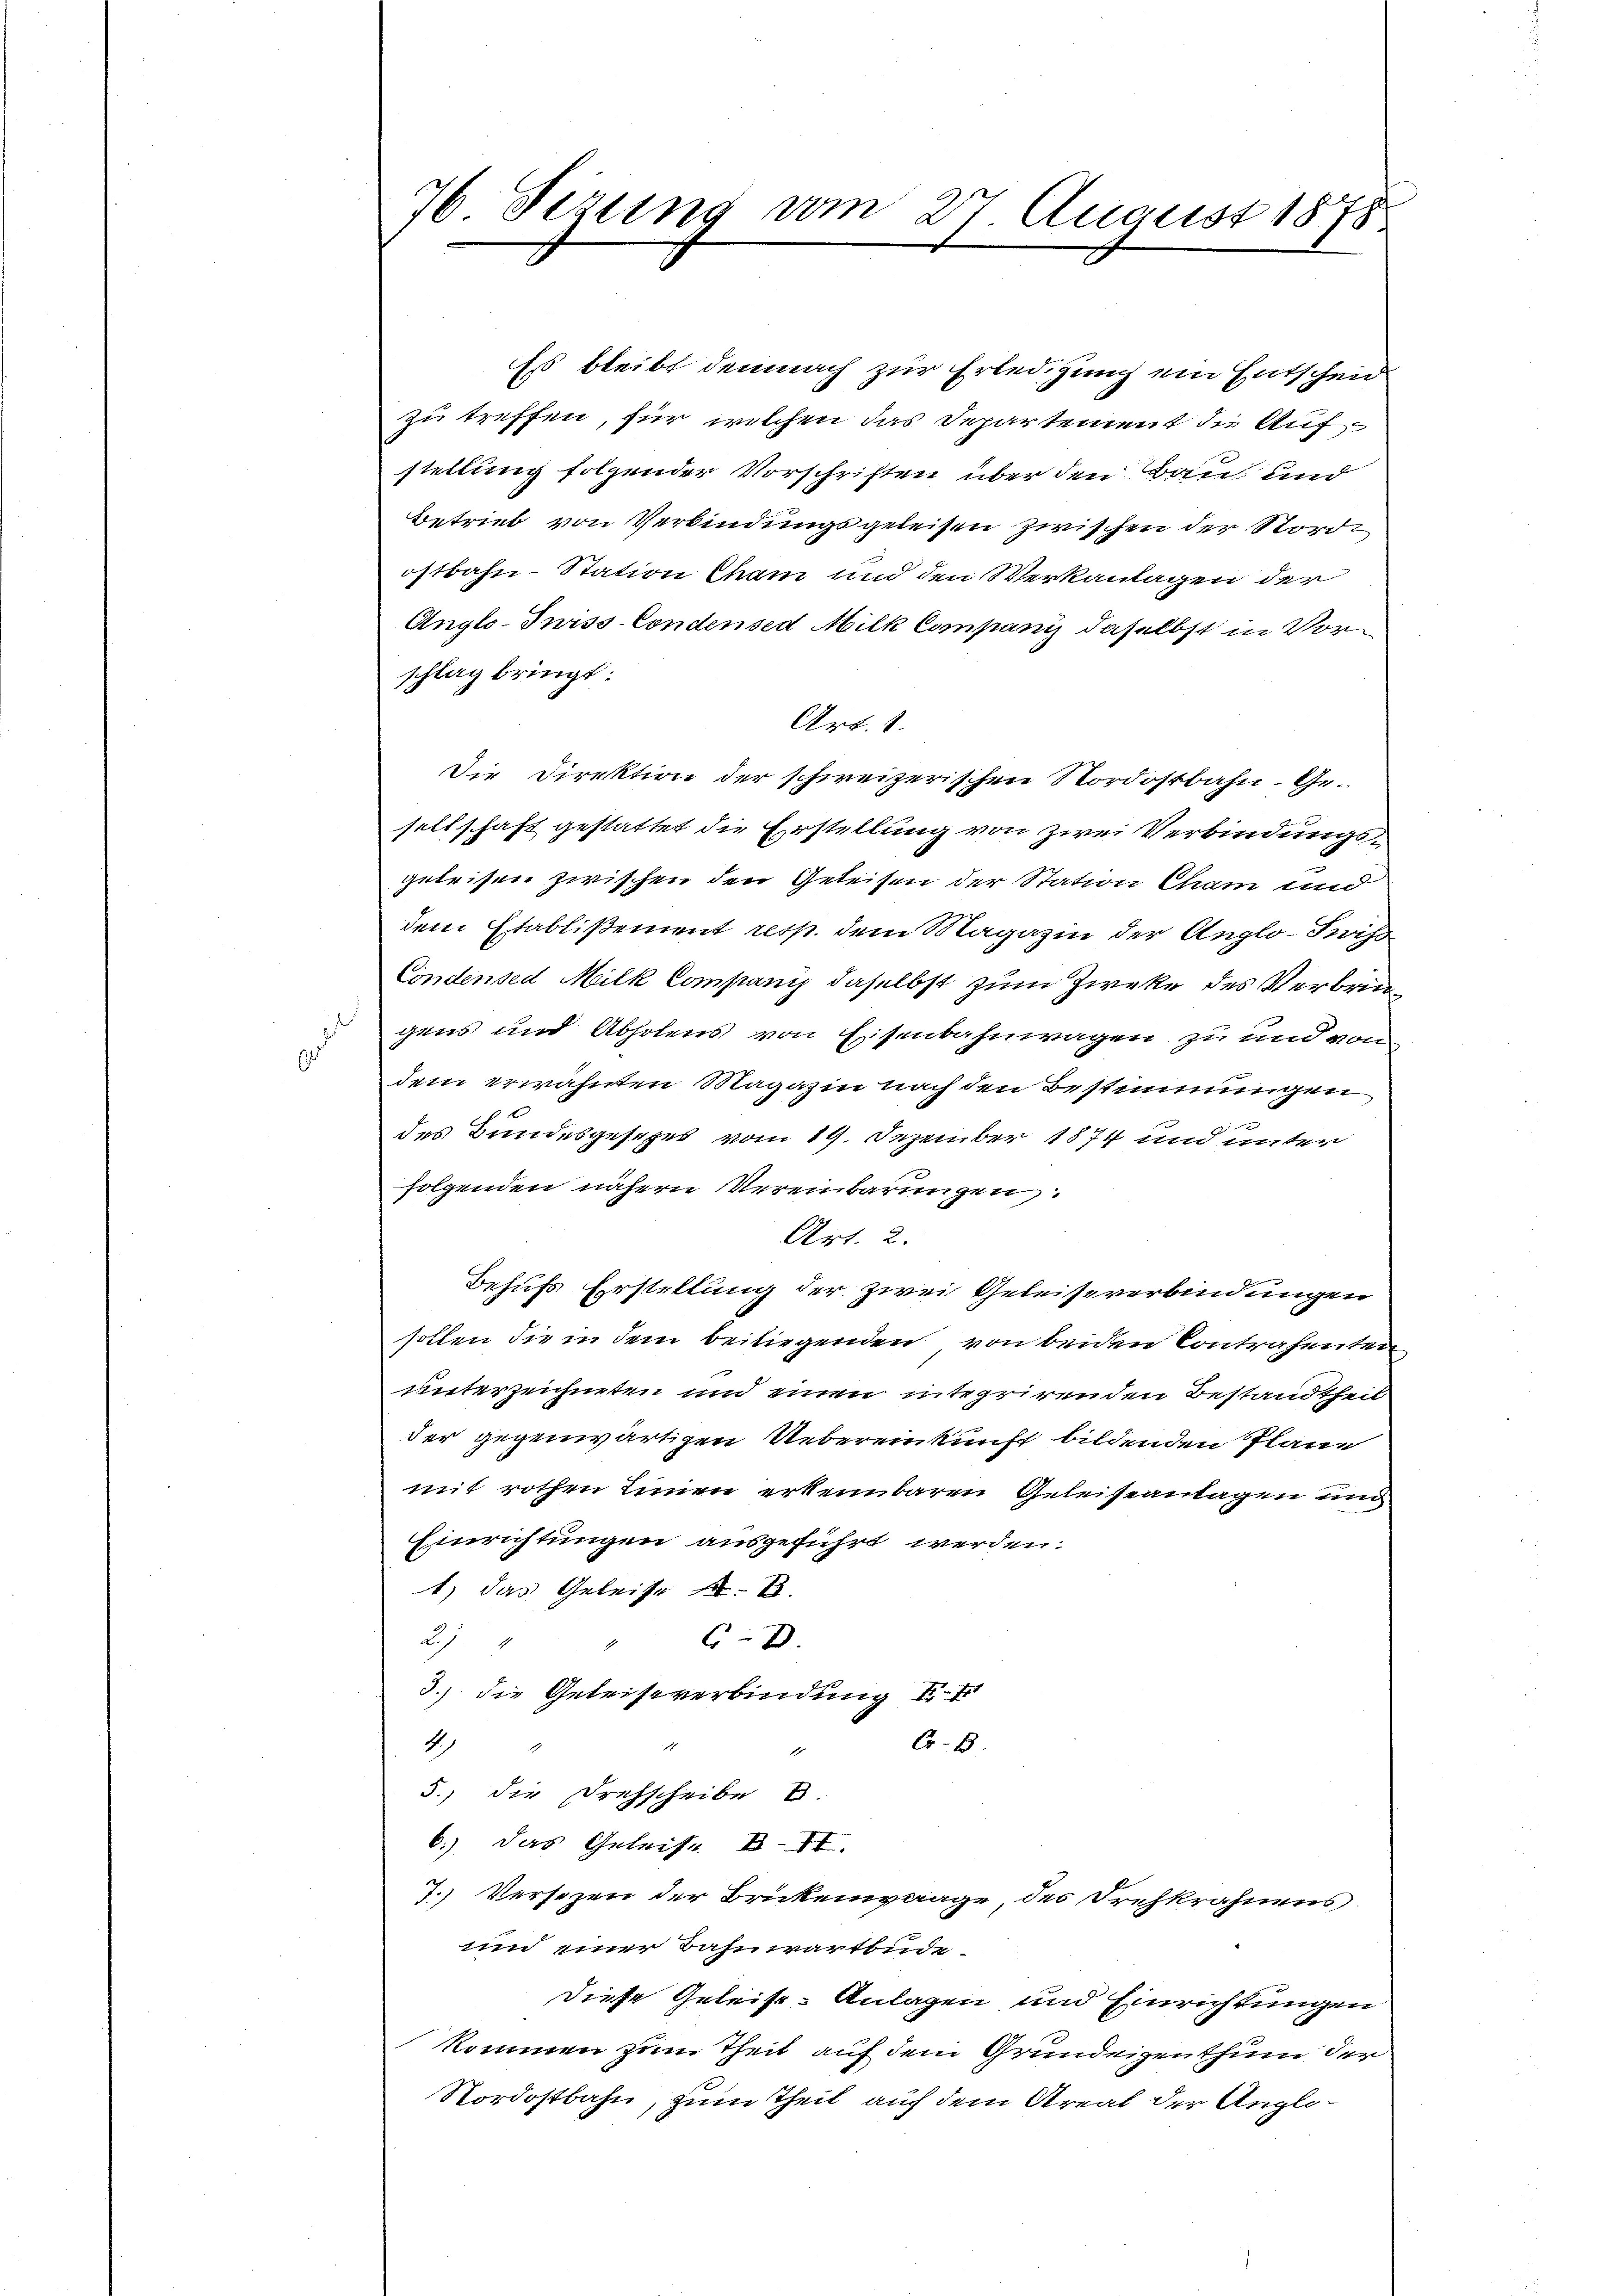
i
u

76 Sezung am 27 August 1878

Es bleibt demnach zur Erledigung ein Entscheid
zu treffen, für welchen das Departement die Aufstellung folgender Vorschriften über den Bau und
Betrieb von Verbindungsgeleisen zwischen der Nordostbahn-Station Cham und den Verkanlagen der
Anglo-Juiss- Condensed Milk Companis daselbst in Vor
schlag bringt:
Art. 1.
Die Direktion der schweizerischen Nordostbahn. Gesellschaft gestattet die Erstellung von zwei Verbindungsgeleisen zwischen den Geleisen der Station Cham und
dem Etablißement resp. dem Magazin der Anglo-Seviso
Condensed Milk Companis daselbst zum Zweke des Verbringens und Abholens von Eisenbahnwagen zu und von
dem erwähnten Magazin nach den Bestimmungen
des Bundesgesetzes vom 19. Dezember 1874 und unter
folgenden nähern Vereinbarungen.
Art. 2.
Behufs Erstellung der zwei Geleiseverbindungen
sollen die in dem beiliegenden von beiden Contrahenten
unterzeichneten und einen integrirenden Bestandtheil
der gegenwärtigen Uebereinkunft bildenden Plane
mit rothen Einen erkennbaren Geleiseanlagen und
Einrichtungen ausgeführt werden.
1) das Geleise B
6
Ru
3.) die Geleiseverbindung I
Cr.B.
.
5.) Die Drehscheibe
6.) Das Geleise B. II.
7. Versezen der Brückenwaage, des Drehkrahnens.
und einer Bahnwartbude
diese Geleist-Anlagen und Einrichtungen
kommen zum Theil auf dem Grundeigenthum der
Nordostbahn, zum Theil auf dem Areal der Anglo¬